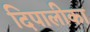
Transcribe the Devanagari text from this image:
दिपालीका